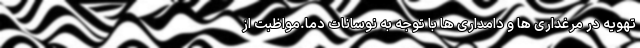
تهویه در مرغداری ها و دامداری ها با توجه به نوسانات دما.مواظبت از